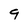
Character: 9